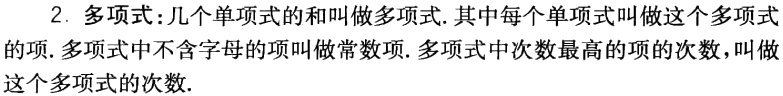
2. 多项式：几个单项式的和叫做多项式. 其中每个单项式叫做这个多项式的项. 多项式中不含字母的项叫做常数项. 多项式中次数最高的项的次数，叫做这个多项式的次数.